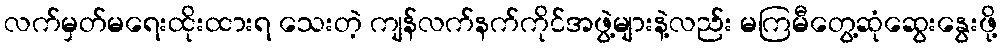
လက်မှတ်မရေးထိုးထားရ သေးတဲ့ ကျန်လက်နက်ကိုင်အဖွဲ့များနဲ့လည်း မကြမီတွေ့ဆုံဆွေးနွေးဖို့